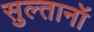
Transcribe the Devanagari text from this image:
सुल्तानॉ